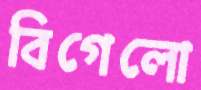
বিগেলো